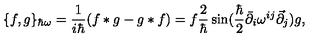
\{ f , g \} _ { \hbar \omega } = \frac { 1 } { i \hbar } ( f * g - g * f ) = f \frac { 2 } { \hbar } \sin ( \frac { \hbar } { 2 } \bar { \partial } _ { i } \omega ^ { i j } \vec { \partial } _ { j } ) g ,